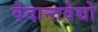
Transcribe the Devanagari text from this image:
वेदान्तवेद्यो